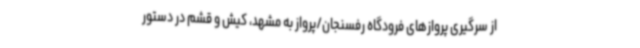
از سرگیری‌ پروازهای فرودگاه رفسنجان/پرواز به مشهد، کیش و قشم در دستور